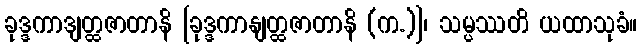
ခုဒ္ဒကာဒျတ္ထဇာတာနိ [ခုဒ္ဒကာနျတ္ထဇာတာနိ (က.)]၊ သမ္ပဿတိ ယထာသုခံ။